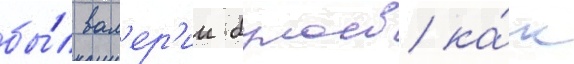
бы́л вал'ер'ии булаев ка́к